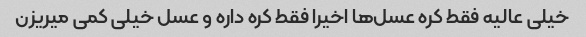
خیلی عالیه فقط کره عسل‌ها اخیرا فقط کره داره و عسل خیلی کمی میریزن